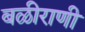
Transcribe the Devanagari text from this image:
बळीराणी